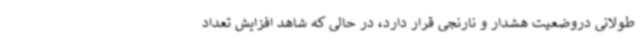
طولانی دروضعیت هشدار و نارنجی قرار دارد، در حالی که شاهد افزایش تعداد